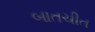
બાતચીત